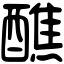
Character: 醮